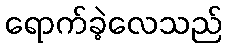
ရောက်ခဲ့လေသည်